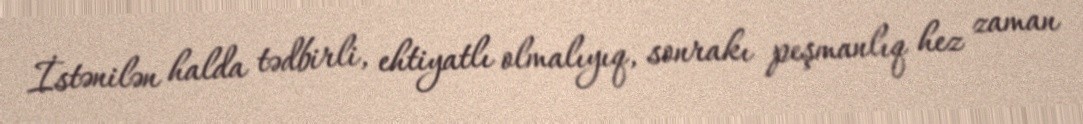
İstənilən halda tədbirli, ehtiyatlı olmalıyıq, sonrakı peşmanlıq hez zaman